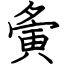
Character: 夤